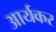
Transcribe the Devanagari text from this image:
आर्यकर